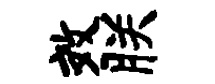
效朕